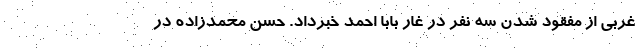
غربی از مفقود شدن سه نفر در غار بابا احمد خبرداد. حسن محمدزاده در